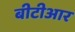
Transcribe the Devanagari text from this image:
बीटीआर